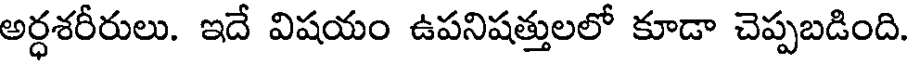
అర్ధశరీరులు. ఇదే విషయం ఉపనిషత్తులలో కూడా చెప్పబడింది.